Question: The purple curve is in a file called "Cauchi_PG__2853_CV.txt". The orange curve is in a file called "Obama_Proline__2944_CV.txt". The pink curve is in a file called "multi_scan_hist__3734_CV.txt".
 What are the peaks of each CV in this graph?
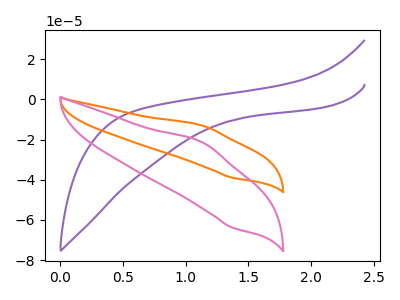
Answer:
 <answer>The purple curve "PG" has no peaks. The orange curve "Proline" has an anodic peak at (1.15V, -13.20uA) and a cathodic peak at (1.35V, -38.95uA). The pink curve "hist" has an anodic peak at (1.15V, -21.60uA) and a cathodic peak at (1.35V, -63.80uA).</answer>
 <eval></eval>